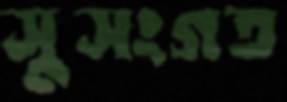
সুসংগত